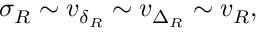
\sigma _ { R } \sim v _ { \delta _ { R } } \sim v _ { \Delta _ { R } } \sim v _ { R } ,